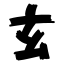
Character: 玄